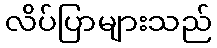
လိပ်ပြာများသည်